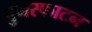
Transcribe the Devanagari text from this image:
पुनस्फाटन